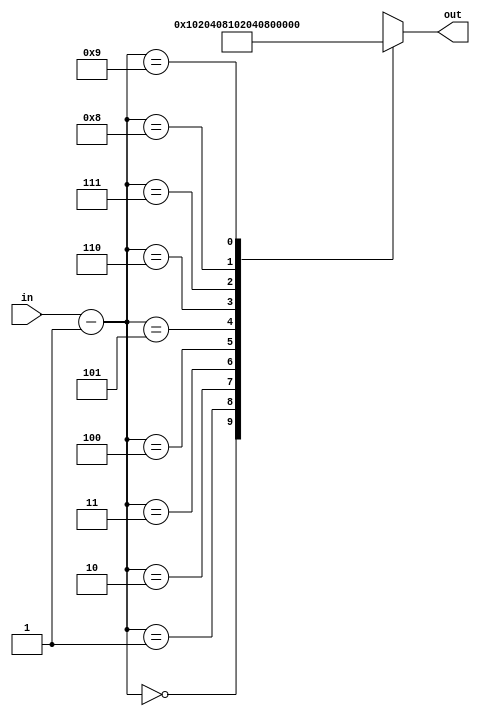


module RCON(
    input [3:0] in,
    output [7:0] out
    );
 wire [7:0] mem [9:0];
 
 assign out = mem[in-1];
 
 assign mem[0] =  8'h01;
 assign mem[1] =  8'h02;
 assign mem[2] =  8'h04;
 assign mem[3] =  8'h08;
 assign mem[4] =  8'h10;
 assign mem[5] =  8'h20;
 assign mem[6] =  8'h40;
 assign mem[7] =  8'h80;
 assign mem[8] =  8'h1b;
 assign mem[9] =  8'h36;
  
endmodule